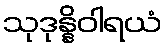
သုဒုန္နိဝါရယံ